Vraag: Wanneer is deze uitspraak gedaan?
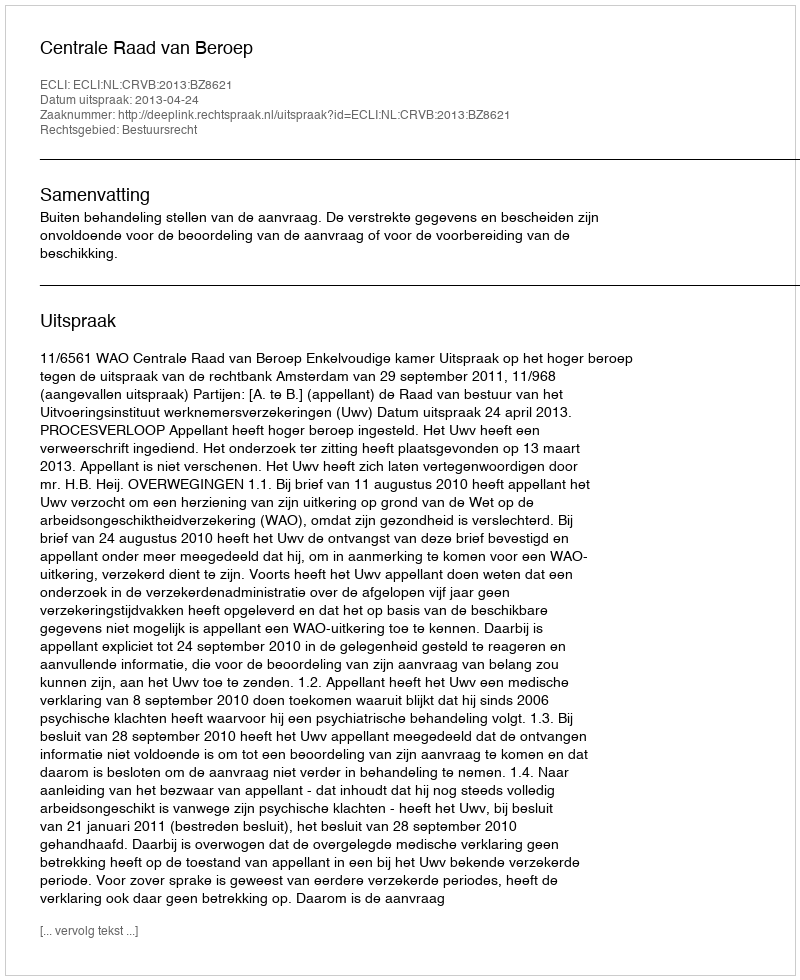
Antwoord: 2013-04-24